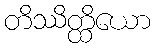
တိဿိတ္ထိယော